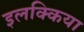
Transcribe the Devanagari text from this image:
इलक्किया